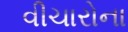
વીચારોના